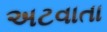
અટવાતા